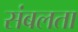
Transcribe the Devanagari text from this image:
संबलता